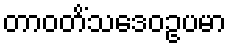
တာဝတိံသဒေဝဥပမာ